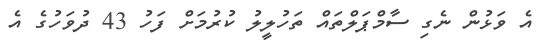
އެ ވަޅުން ނެގި ސާމްޕަލްތައް ތަހުލީލު ކުރުމަށް ފަހު 43 ދުވަހުގެ އެ